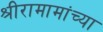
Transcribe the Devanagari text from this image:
श्रीरामामांच्या